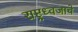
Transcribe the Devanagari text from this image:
राष्ट्रध्वजाचे